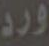
ورد